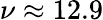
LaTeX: \nu\approx 12.9